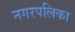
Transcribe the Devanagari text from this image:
नगरपलिका